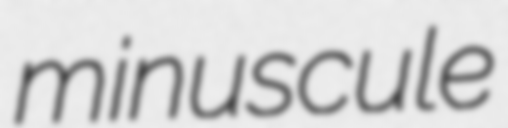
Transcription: minuscule